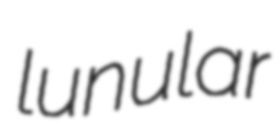
lunular